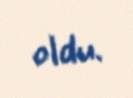
oldu.